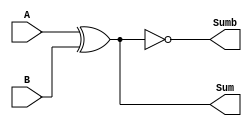
module xn (Sum, Sumb, A, B);
   
   input A, B;
   
   output Sum, Sumb;

   xor x1 (Sum, A, B);
   xnor x2 (Sumb, A, B);

endmodule // xn